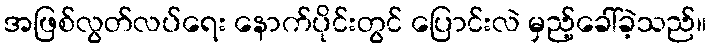
အဖြစ်လွတ်လပ်ရေး နောက်ပိုင်းတွင် ပြောင်းလဲ မှည့်ခေါ်ခဲ့သည်။